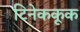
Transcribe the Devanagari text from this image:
टिनेककूक